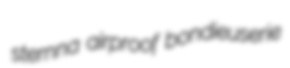
sternna airproof bondieuserie